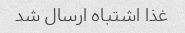
غذا اشتباه ارسال شد